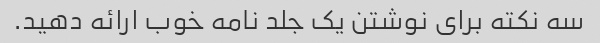
سه نکته برای نوشتن یک جلد نامه خوب ارائه دهید.